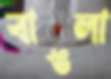
বাঙলা